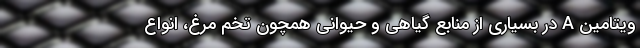
ویتامین A در بسیاری از منابع گیاهی و حیوانی همچون تخم مرغ، انواع